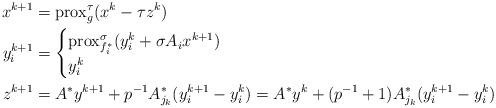
LaTeX: \begin{align*} x^{k+1} &= \operatorname{prox}_{g}^\tau(x^k - \tau z^k) \\ y^{k+1}_i &= \begin{cases} \operatorname{prox}_{f^*_i}^\sigma (y^k_i + \sigma A_i x^{k+1}) & \\ y^k_i \end{cases} \\ z^{k+1} &= A^* y^{k+1} + p^{-1} A^*_{j_k} (y^{k+1}_i - y^k_i) = A^* y^{k} + (p^{-1}+1) A^*_{j_k} (y^{k+1}_i - y^k_i)\end{align*}